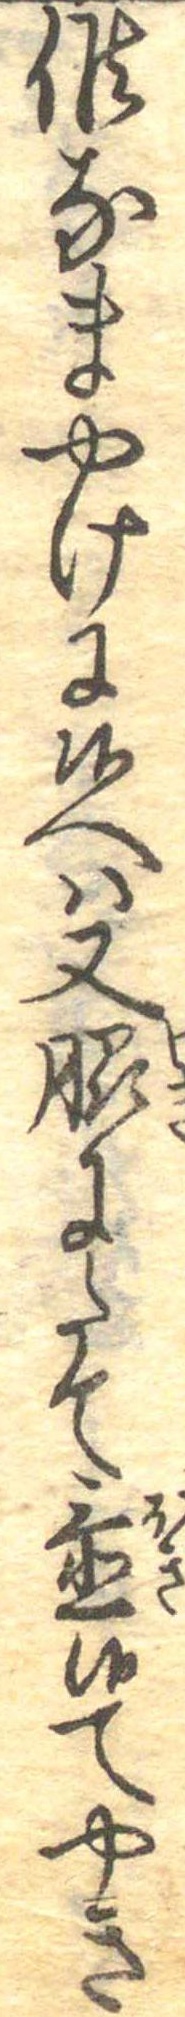
候なまやけに候へは又脇にたて置候てやき